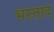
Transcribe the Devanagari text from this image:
भरताद